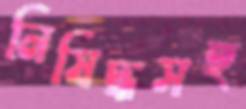
নিষিদ্ধসহ